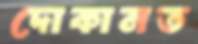
দোকানত